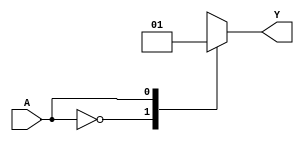
module single_variable_kmap (
    input wire A,  // 1-bit input variable
    output reg Y   // 1-bit output
);

// Combinational logic based on the K-map
always @(*) begin
    case (A)
        1'b0: Y = 1'b0; // If A = 0, output Y0
        1'b1: Y = 1'b1; // If A = 1, output Y1
        default: Y = 1'b0; // Default case (though it should never reach here for 1-bit input)
    endcase
end

endmodule